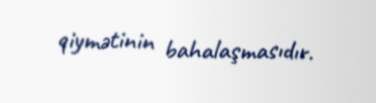
qiymətinin bahalaşmasıdır.